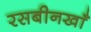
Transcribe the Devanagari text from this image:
रसबीनखाँ